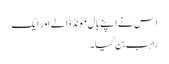
اس نے اپنے بال مونڈ ڈالے اور ایک
راہب بن گیا۔